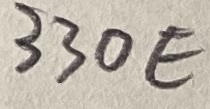
Text: 330E